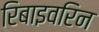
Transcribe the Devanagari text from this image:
रिबाइवरिन